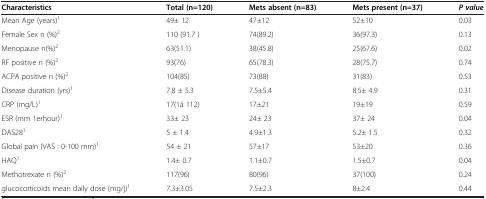
| Characteristics | Total (n=120) | Mets absent (n=83) | Mets present (n=37) | P value |
 | --- | --- | --- | --- | --- |
 | Mean Age (years)1 | 49± 12 | 47±12 | 52±10 | 0.03 |
 | Female Sex n (%)2 | 110 (91.7 ) | 74(89.2) | 36(97.3) | 0.13 |
 | Menopause n(%)2 | 63(51.1) | 38(45.8) | 25(67.6) | 0.02 |
 | RF positive n (%)2 | 93(76) | 65(78.3) | 28(75.7) | 0.74 |
 | ACPA positive n (%)2 | 104(85) | 73(88) | 31(83) | 0.53 |
 | Disease duration (yrs)1 | 7.8 ± 5.3 | 7.5±5.4 | 8.5± 4.9 | 0.31 |
 | CRP (mg/L)1 | 17(1à 112) | 17±21 | 19±19 | 0.59 |
 | ESR (mm 1erhour)1 | 33± 23 | 24± 23 | 37± 24 | 0.04 |
 | DAS281 | 5 ± 1.4 | 4.9±1.3 | 5.2± 1.5 | 0.32 |
 | Global pain (VAS : 0-100 mm)1 | 54 ± 21 | 57±17 | 53±20 | 0.36 |
 | HAQ1 | 1.4± 0.7 | 1.1±0.7 | 1.5±0.7 | 0.04 |
 | Methotrexate n (%)2 | 117(96) | 80(96) | 37(100) | 0.24 |
 | glucocorticoids mean daily dose (mg/j)1 | 7.3±3.05 | 7.5±2.3 | 8±2.4 | 0.44 |